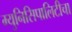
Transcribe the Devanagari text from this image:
म्युनिसिपालिटीचा